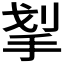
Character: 𰓛